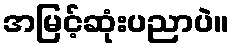
အမြင့်ဆုံးပညာပဲ။